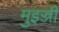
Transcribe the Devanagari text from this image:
मुइज्जी